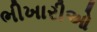
ભીખારીઓ